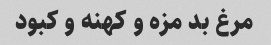
مرغ بد مزه و کهنه و کبود